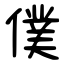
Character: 僕